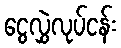
ငွေလွှဲလုပ်ငန်း